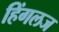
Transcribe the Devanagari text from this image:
हिंगलज